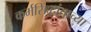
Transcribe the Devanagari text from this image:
कर्मसिद्धांताच्या